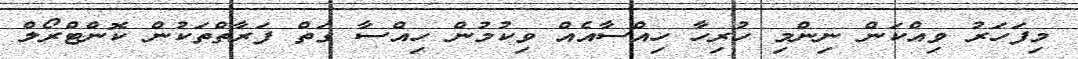
މިފަހަރު ވިއްކަން ނިންމި ހުރިހާ ހިއްސާއެއް ވިކުމުން ހިއްސާ ގަތް ފަރާތްތަކުން ކޮންޓްރޯލް